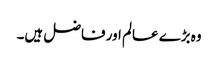
وہ بڑے عالم اور فاضل ہیں۔